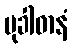
မုခါဓာနံ